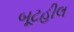
બૂટહીલ